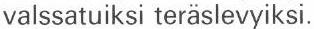
valssatuiksi teräslevyiksi.